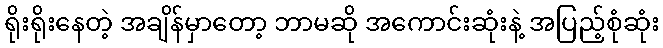
ရိုးရိုးနေတဲ့ အချိန်မှာတော့ ဘာမဆို အကောင်းဆုံးနဲ့ အပြည့်စုံဆုံး